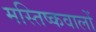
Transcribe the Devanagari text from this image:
मस्तिष्कवालों